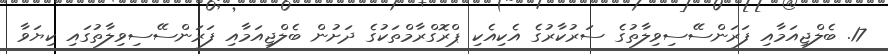
17. ބެލްޖިއަމާއި ފަރަންސޭސިވިލާތުގެ ސަރުކާރުގެ އެކިއެކި ޕްރޮގްރާމްތަކުގެ ދަށުން ބެލްޖިއަމާއި ފަރަންސޭސިވިލާތުގައި ކިޔަވާ